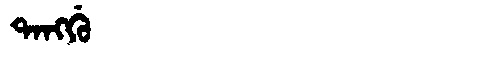
Manchu: ᡨᠠᠩᡤᡠ
Romanization: TANGGU